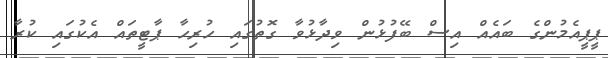
ޕީޕީއެމުންގެ ބައެއް އިސް ބޭފުޅުން ވިދާޅުވާ ގޮތުގައި ހުރިހާ ޕާޓީތައް އެކުގައި ކުރާ